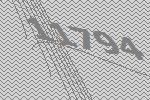
11794